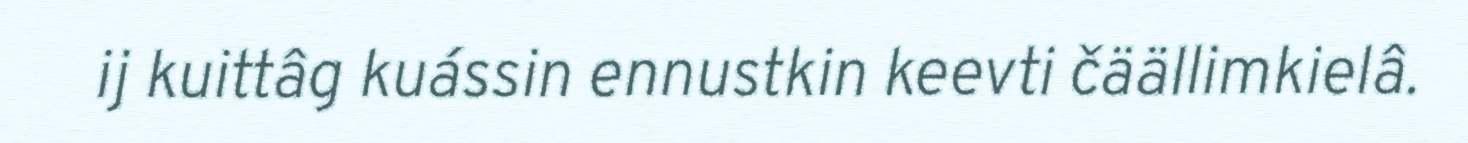
ij kuittâg kuássin ennustkin keevti čäällimkielâ.